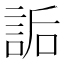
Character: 詬